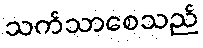
သက်သာစေသည်